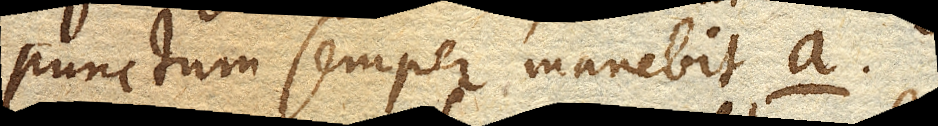
punctum semper manebit a.